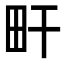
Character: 𤰟